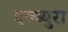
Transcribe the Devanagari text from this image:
एल्ब्युरा